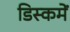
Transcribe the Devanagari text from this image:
डिस्कमें